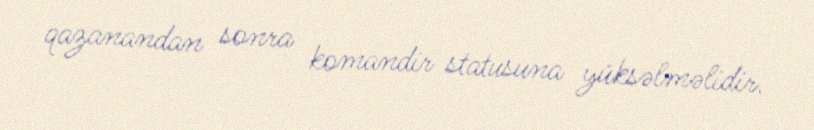
qazanandan sonra komandir statusuna yüksəlməlidir.